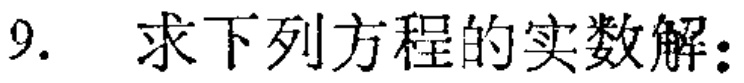
9. 求下列方程的实数解：